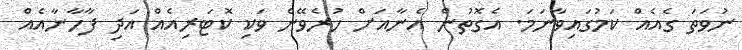
ނުވަތަ ގެއެއް ކަމުގައިވާނަމަ. އެގޮތުން އެނާއަށް ހުރެވޭނެ ވަކި ކޮޓަރިއެއް އަދި ފާހާނާއެއް